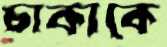
চাকাকে